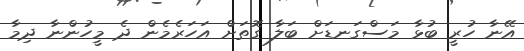
އޭނާ ހުރީ ބުޅާ މަސްގަނޑަށް ބަލާ ގޮތަށް އަހަރެމެން ދެ މީހުންނާ ދިމާ